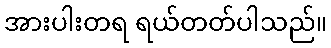
အားပါးတရ ရယ်တတ်ပါသည်။